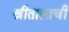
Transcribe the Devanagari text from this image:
श्रीतालाची